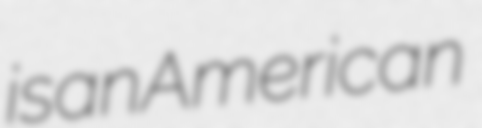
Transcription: is an American